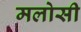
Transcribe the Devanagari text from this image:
मलोसी